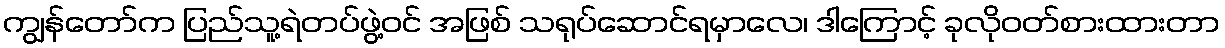
ကျွန်တော်က ပြည်သူ့ရဲတပ်ဖွဲ့ဝင် အဖြစ် သရုပ်ဆောင်ရမှာလေ၊ ဒါကြောင့် ခုလိုဝတ်စားထားတာ